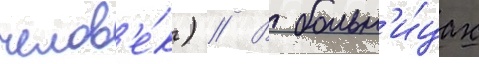
челов'е́к) // В больн'и́цах